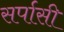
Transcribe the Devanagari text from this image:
सर्पासी